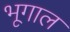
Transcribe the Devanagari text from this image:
भूगाल